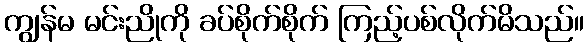
ကျွန်မ မင်းညိုကို ခပ်စိုက်စိုက် ကြည့်ပစ်လိုက်မိသည်။